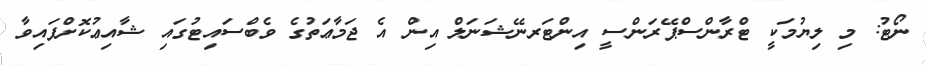
ނޯޓު: މި ލިޔުމަކީ ޓްރާންސްޕޭރަންސީ އިންޓަރނޭޝަނަލް އިން އެ ޖަމާޢަތުގެ ވެބްސައިޓުގައި ޝާއިޢުކޮށްފައިވާ